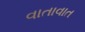
વાતાવાત